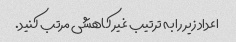
اعداد زیر را به ترتیب غیر کاهشی مرتب کنید.